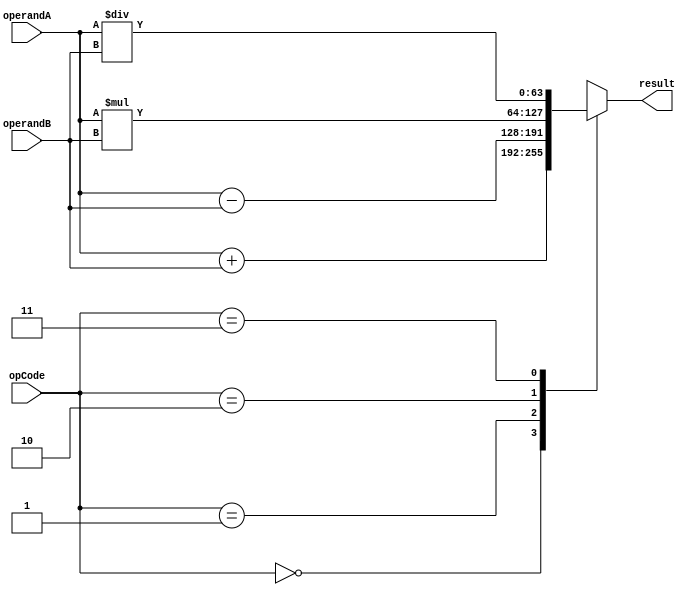
module double_precision_fpu (
    input wire [63:0] operandA,
    input wire [63:0] operandB,
    input wire [3:0] opCode,
    output reg [63:0] result
);

always @(*)
begin
    case(opCode)
        4'b0000: // Addition
            result = operandA + operandB;
        4'b0001: // Subtraction
            result = operandA - operandB;
        4'b0010: // Multiplication
            result = operandA * operandB;
        4'b0011: // Division
            result = operandA / operandB;
        default: // Invalid operation
            result = 64'hx;
    endcase
end 

endmodule